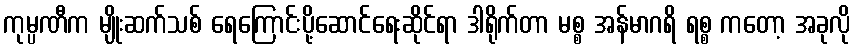
ကုမ္ပဏီက မျိုးဆက်သစ် ရေကြောင်းပို့ဆောင်ရေးဆိုင်ရာ ဒါရိုက်တာ မစ္စ အန်မာဂရိ ရစ္စ ကတော့ အခုလို